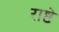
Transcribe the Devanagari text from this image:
राष्टे